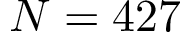
N = 4 2 7